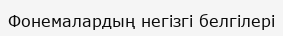
Фонемалардың негізгі белгілері